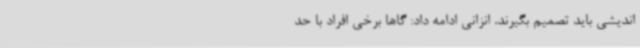
اندیشی باید تصمیم بگیرند. انزانی ادامه داد: گاها برخی افراد با حد